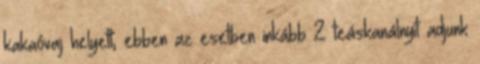
kakaóvaj helyett; ebben az esetben inkább 2 teáskanálnyit adjunk